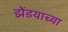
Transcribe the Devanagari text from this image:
झेंडयाच्या